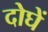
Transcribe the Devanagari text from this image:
दोघें